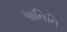
પાનિનિ